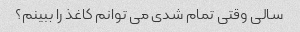
سالی وقتی تمام شدی می توانم کاغذ را ببینم؟